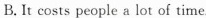
B. It costs people a lot of time.